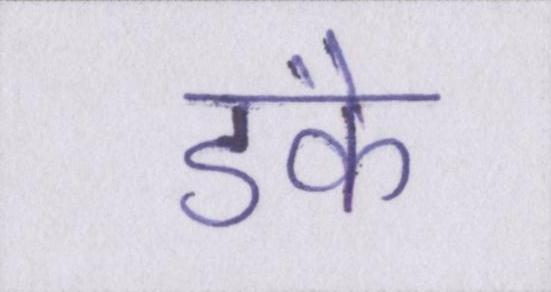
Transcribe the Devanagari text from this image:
डंके